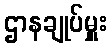
ဌာနချုပ်မှူး